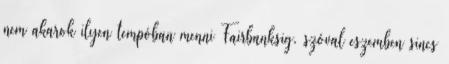
nem akarok ilyen tempóban menni Fairbanksig, szóval eszemben sincs